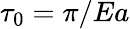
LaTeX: \tau_{0}=\pi/Ea